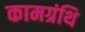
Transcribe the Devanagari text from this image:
कामग्रंथि